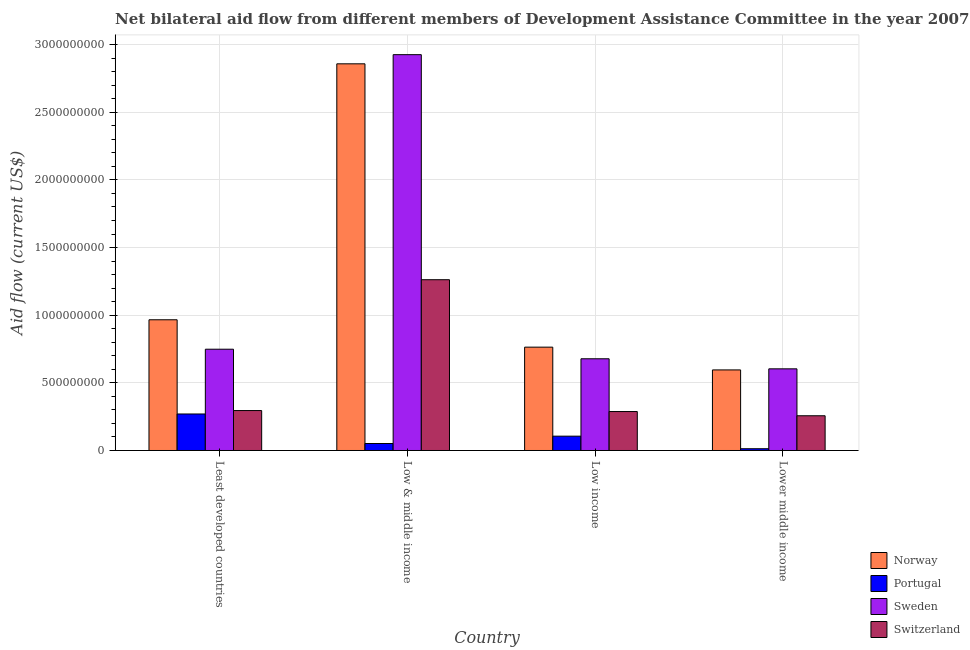
| Country | Norway | Portugal | Sweden | Switzerland |
 | --- | --- | --- | --- | --- |
 | Least developed countries | 9.66e+08 | 2.7e+08 | 7.48e+08 | 2.95e+08 |
 | Low & middle income | 2.86e+09 | 5.16e+07 | 2.93e+09 | 1.26e+09 |
 | Low income | 7.64e+08 | 1.06e+08 | 6.78e+08 | 2.88e+08 |
 | Lower middle income | 5.96e+08 | 1.3e+07 | 6.04e+08 | 2.57e+08 |